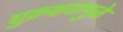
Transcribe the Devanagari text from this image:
शुक्रक्षयामुळे